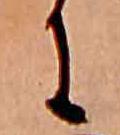
に